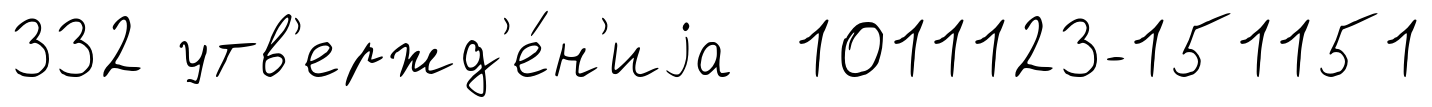
332 утв'ержд'е́н'иjа 1011123-151151